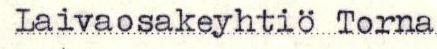
Laivaosakeyhtiö Torna